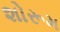
શોરૂમ